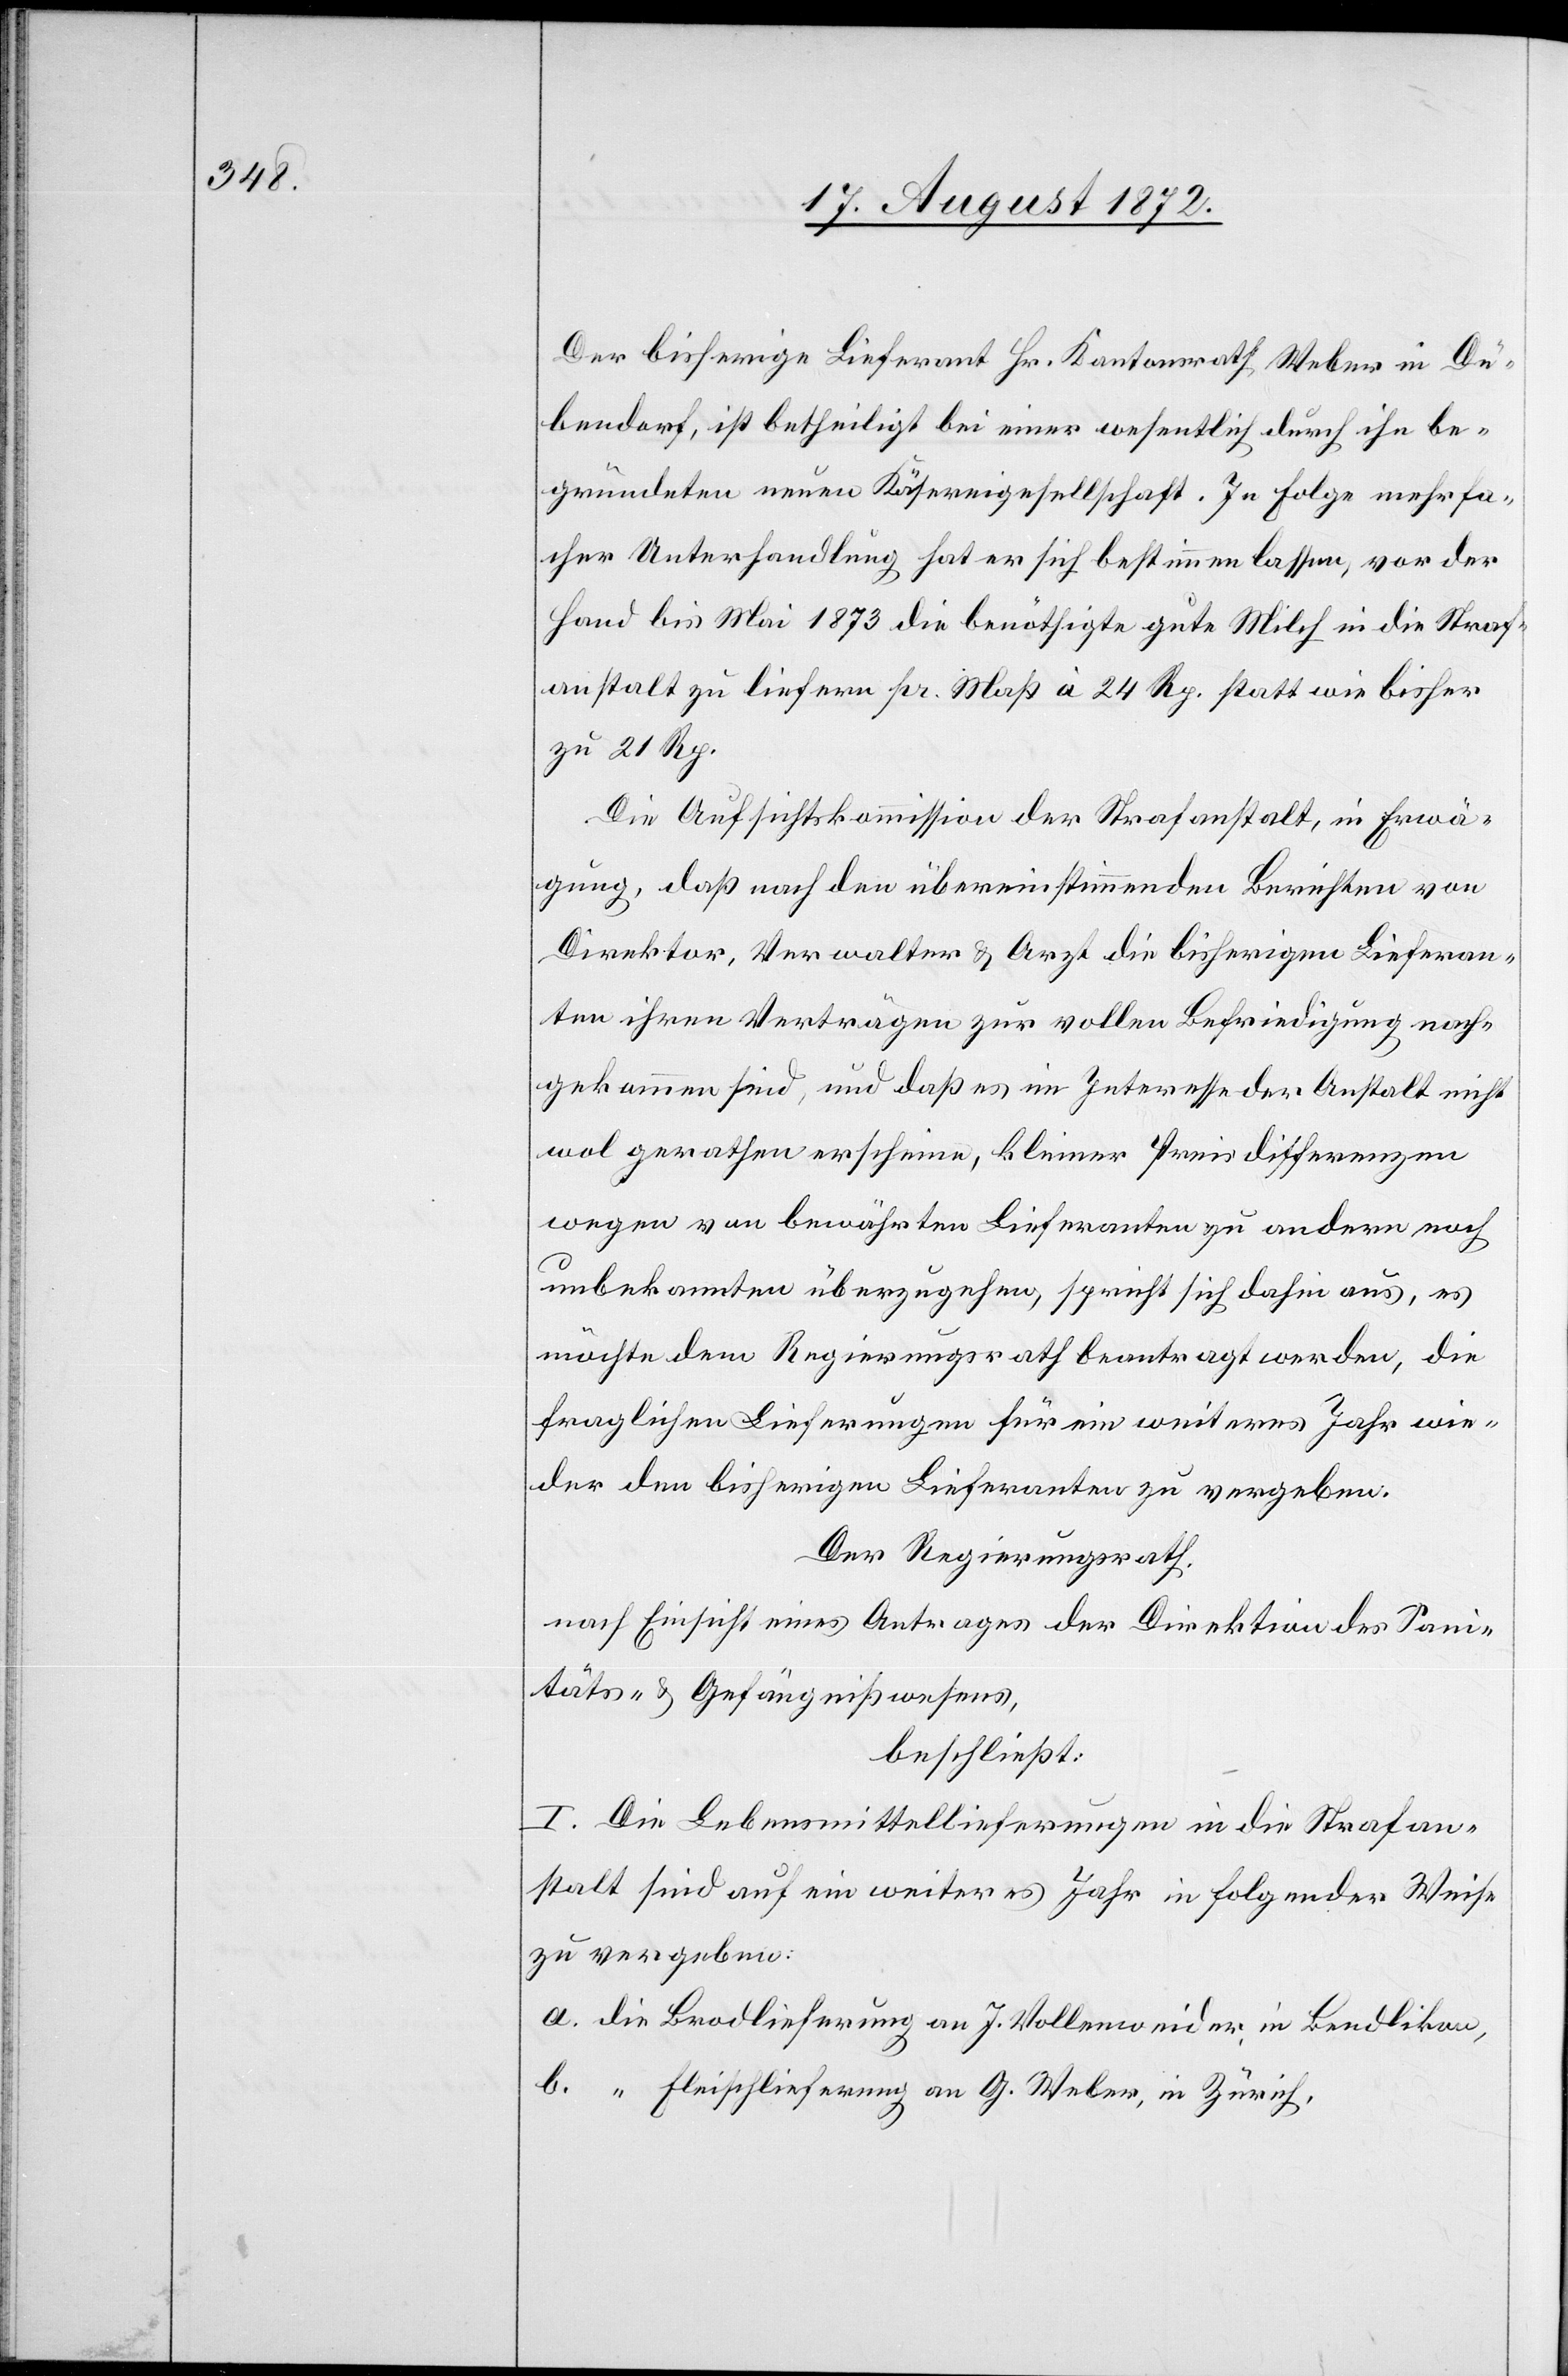
Der bisherige Lieferant Hr. Kantonsrath Weber in Dü¬
bendorf, ist betheiligt bei einer wesentlich durch ihn be¬
gründeten neuen Käsereigesellschaft. In Folge mehrfa¬
cher Unterhandlung hat er sich bestimmen lassen, vor der
Hand bis Mai 1873 die benöthigte gute Milch in die Straf¬
anstalt zu liefern pr. Maß à 24 Rp. statt wie bisher
zu 21 Rp.
Die Aufsichtskommission der Strafanstalt, in Erwä¬
gung, daß nach den übereinstimmenden Berichten von
Direktor, Verwalter u. Arzt die bisherigen Lieferan¬
ten ihren Verträgen zur vollen Befriedigung nach¬
gekommen sind, und daß es im Interesse der Anstalt nicht
wol gerathen erscheine, kleiner Preisdifferenzen
wegen von bewährten Lieferanten zu andern noch
unbekannten überzugehen, spricht sich dahin aus, es
möchte dem Regierungsrath beantragt werden, die
fraglichen Lieferungen für ein weiteres Jahr wie¬
der den bisherigen Lieferanten zu vergeben.
Der Regierungsrath,
nach Einsicht eines Antrages der Direktion des Sani¬
täts- u. Gefängnißwesens,
beschließt:
I. Die Lebensmittellieferungen in die Strafan¬
stalt sind auf ein weiteres Jahr in folgender Weise
zu vergeben:
a. die Brodlieferung an J. Vollenweider, in Bendlikon,
b. “ Fleischlieferung an G. Weber, in Zürich,